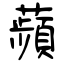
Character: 蘋